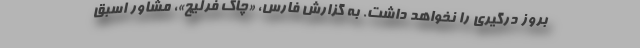
بروز درگیری را نخواهد داشت. به گزارش فارس، «چاک فرلیچ»، مشاور اسبق